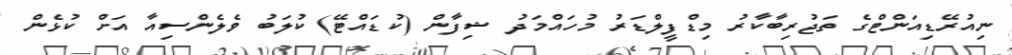
ނިއުރޭޑިއަންޓްގެ ތަޖުރިބާކާރު މިޑްފީލްޑަރު މުހައްމަދު ޝިފާން (ކުޑައްޓޭ) ކުލަބު ވެލެންސިއާ އަށް ކުޅެން